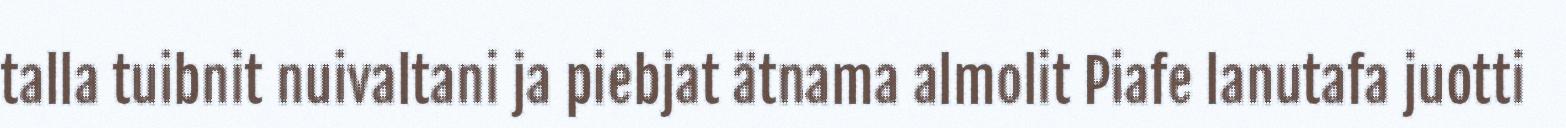
talla tuibnit nuivaltani ja piebjat ätnama almolit Piafe lanutafa juotti